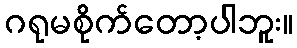
ဂရုမစိုက်တော့ပါဘူး။